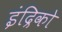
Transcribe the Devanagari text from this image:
इंद्रिको